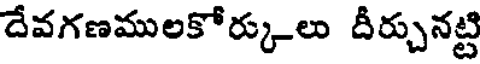
దేవగణములకోర్కులు దీర్చునట్టి